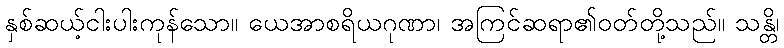
နှစ်ဆယ့်ငါးပါးကုန်သော။ ယေအာစရိယဂုဏာ၊ အကြင်ဆရာ၏ဝတ်တို့သည်။ သန္တိ၊